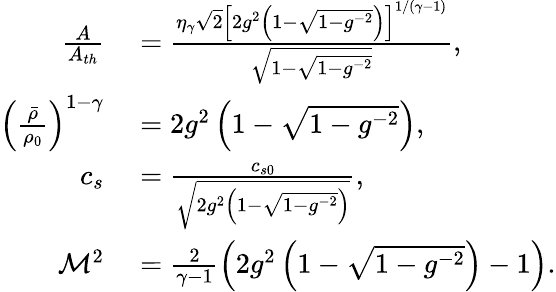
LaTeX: \begin{array}{rl}{\frac{A}{A_{th}}}&{{}=\frac{\eta_{\gamma}\sqrt{2}\left[2g^{2}\left(1-\sqrt{1-g^{-2}}\right)\right]^{1/(\gamma-1)}}{\sqrt{1-\sqrt{1-g^{-2}}}},}\\ {\left(\frac{\bar{\rho}}{\rho_{0}}\right)^{1-\gamma}}&{{}=2g^{2}\left(1-\sqrt{1-g^{-2}}\right),}\\ {c_{s}}&{{}=\frac{c_{s0}}{\sqrt{2g^{2}\left(1-\sqrt{1-g^{-2}}\right)}},}\\ {\mathcal{M}^{2}}&{{}=\frac{2}{\gamma-1}\left(2g^{2}\left(1-\sqrt{1-g^{-2}}\right)-1\right).}\end{array}